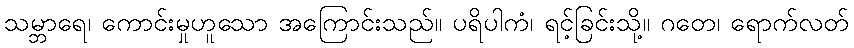
သမ္ဘာရေ၊ ကောင်းမှုဟူသော အကြောင်းသည်။ ပရိပါကံ၊ ရင့်ခြင်းသို့။ ဂတေ၊ ရောက်လတ်